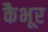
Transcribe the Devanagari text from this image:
कैभूर